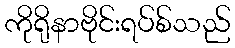
ကိုရိုနာဗိုင်းရပ်စ်သည်